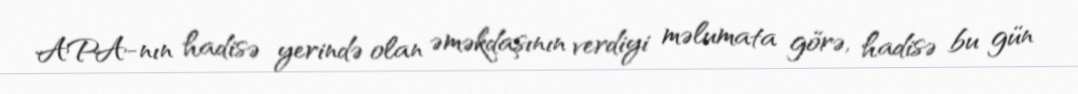
APA-nın hadisə yerində olan əməkdaşının verdiyi məlumata görə, hadisə bu gün